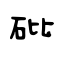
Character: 砒